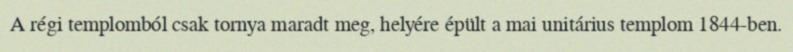
A régi templomból csak tornya maradt meg, helyére épült a mai unitárius templom 1844-ben.